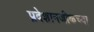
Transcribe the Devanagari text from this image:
प्रदेशानजीकच्या